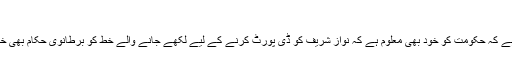
‘
دوسری جانب معلوم ہوا ہے کہ حکومت کو خود بھی معلوم ہے کہ نواز شریف کو ڈی پورٹ کرنے کے لیے لکھے جانے والے خط کو برطانوی حکام بھی خاص اہمیت نہیں دیں گے۔